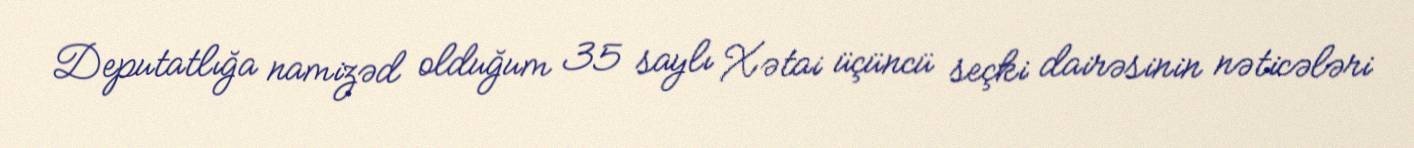
Deputatlığa namizəd olduğum 35 saylı Xətai üçüncü seçki dairəsinin nəticələri